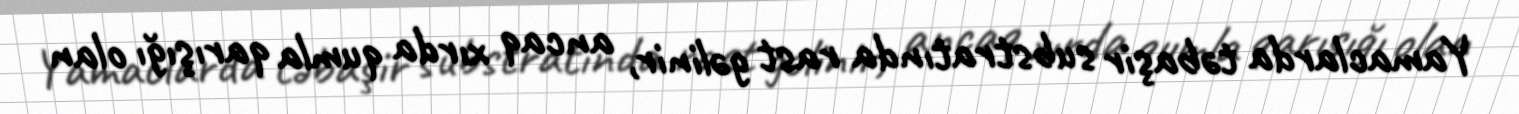
Yamaclarda təbaşir substratında rast gəlinir, ancaq xırda qumla qarışığı olan